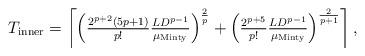
LaTeX: \begin{align*}T_{\textnormal{inner}} = \left\lceil \left(\tfrac{2^{p+2}(5p+1)}{p!}\tfrac{LD^{p-1}}{\mu_{\textnormal{Minty}}}\right)^{\frac{2}{p}} + \left(\tfrac{2^{p+5}}{p!}\tfrac{LD^{p-1}}{\mu_{\textnormal{Minty}}}\right)^{\frac{2}{p+1}}\right\rceil, \end{align*}